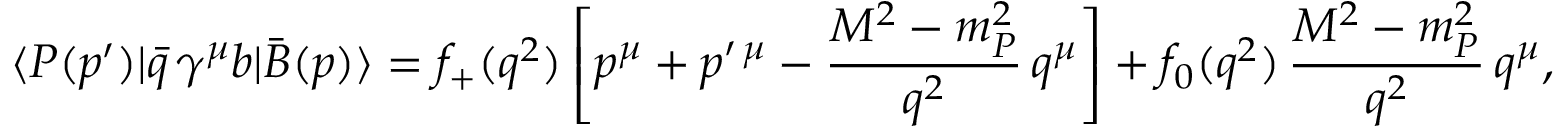
\langle P ( p ^ { \prime } ) | \bar { q } \, \gamma ^ { \mu } b | \bar { B } ( p ) \rangle = f _ { + } ( q ^ { 2 } ) \left[ p ^ { \mu } + p ^ { \prime \, \mu } - \frac { M ^ { 2 } - m _ { P } ^ { 2 } } { q ^ { 2 } } \, q ^ { \mu } \right] + f _ { 0 } ( q ^ { 2 } ) \, \frac { M ^ { 2 } - m _ { P } ^ { 2 } } { q ^ { 2 } } \, q ^ { \mu } ,